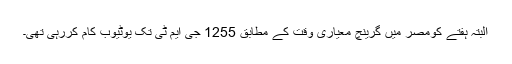
البتہ ہفتے کومصر میں گرینچ معیاری وقت کے مطابق 1255 جی ایم ٹی تک یوٹیوب کام کررہی تھی۔